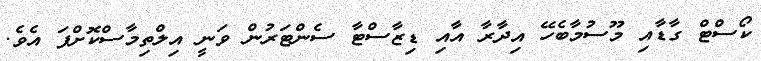
ކޯސްޓް ގާޑާއި މޫސުމާބެހޭ އިދާރާ އާއި ޑިޒާސްޓާ ސެންޓަރުން ވަނީ އިލްތިމާސްކޮށްފަ އެވެ.